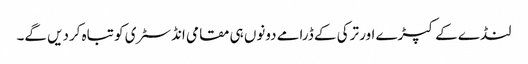
لنڈے کے کپڑے اور ترکی کے ڈرامے دونوں ہی مقامی انڈسٹری کو تباہ کردیں گے۔